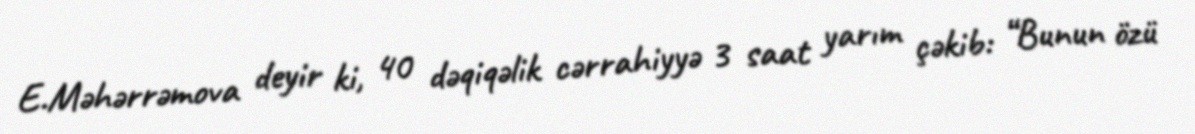
E.Məhərrəmova deyir ki, 40 dəqiqəlik cərrahiyyə 3 saat yarım çəkib: “Bunun özü